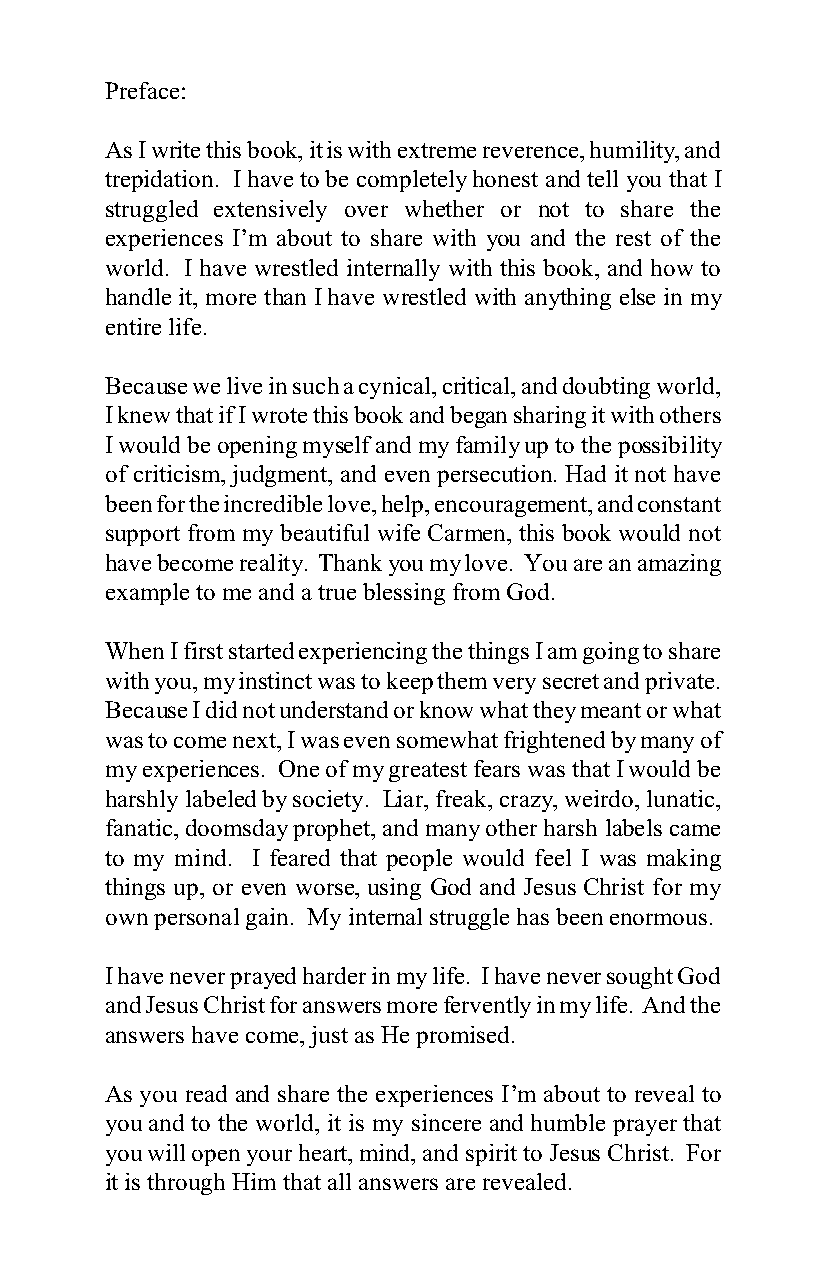
Preface:
 As I write this book, it is with extreme reverence, humility, and
 trepidation. I have to be completely honest and tell you that I
 struggled extensively over whether or not to share the
 experiences I’m about to share with you and the rest of the
 world. I have wrestled internally with this book, and how to
 handle it, more than I have wrestled with anything else in my
 entire life.
 Because we live in such a cynical, critical, and doubting world,
 I knew that if I wrote this book and began sharing it with others
 I would be opening myself and my family up to the possibility
 of criticism, judgment, and even persecution. Had it not have
 been for the incredible love, help, encouragement, and constant
 support from my beautiful wife Carmen, this book would not
 have become reality. Thank you my love. You are an amazing
 example to me and a true blessing from God.
 When I first started experiencing the things I am going to share
 with you, my instinct was to keep them very secret and private.
 Because I did not understand or know what they meant or what
 was to come next, I was even somewhat frightened by many of
 my experiences. One of my greatest fears was that I would be
 harshly labeled by society. Liar, freak, crazy, weirdo, lunatic,
 fanatic, doomsday prophet, and many other harsh labels came
 to my mind. I feared that people would feel I was making
 things up, or even worse, using God and Jesus Christ for my
 own personal gain. My internal struggle has been enormous.
 I have never prayed harder in my life. I have never sought God
 and Jesus Christ for answers more fervently in my life. And the
 answers have come, just as He promised.
 As you read and share the experiences I’m about to reveal to
 you and to the world, it is my sincere and humble prayer that
 you will open your heart, mind, and spirit to Jesus Christ. For
 it is through Him that all answers are revealed.